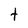
Character: t